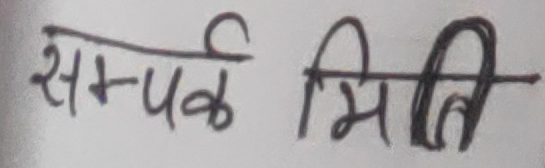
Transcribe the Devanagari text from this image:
सम्पर्क मिति